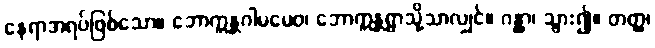
နေရာအရပ်ဖြစ်သော။ ဘောက္ကန္တဂါမမေဝ၊ ဘောက္ကန္တရွာသို့သာလျှင်။ ဂန္တွာ၊ သွား၍။ တတ္ထ၊